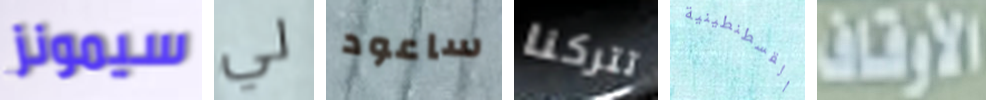
سيمونز لي ساعود تتركنا القسطنطينية الأوقاف